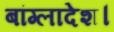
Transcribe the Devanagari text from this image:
बांग्‍लादेश।